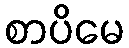
စာပိမေ